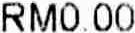
RM0.00